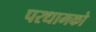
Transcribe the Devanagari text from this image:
परधामको